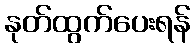
နုတ်ထွက်ပေးရန်